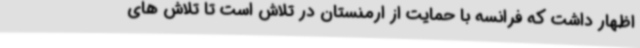
اظهار داشت که فرانسه با حمایت از ارمنستان در تلاش است تا تلاش های